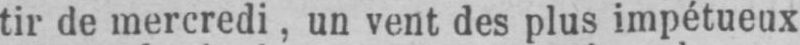
tir de mercredi, un vent des plus impétueux